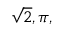
{ \sqrt { 2 } } , \pi ,